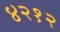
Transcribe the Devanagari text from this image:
४२१२